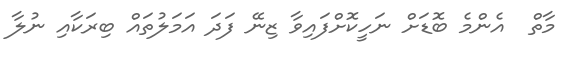
މާތް  އެންމެ ބޮޑަށް ނަހީކޮށްފައިވާ ޒިނޭ ފަދަ އަމަލުތައް ބިރަކާއި ނުލާ